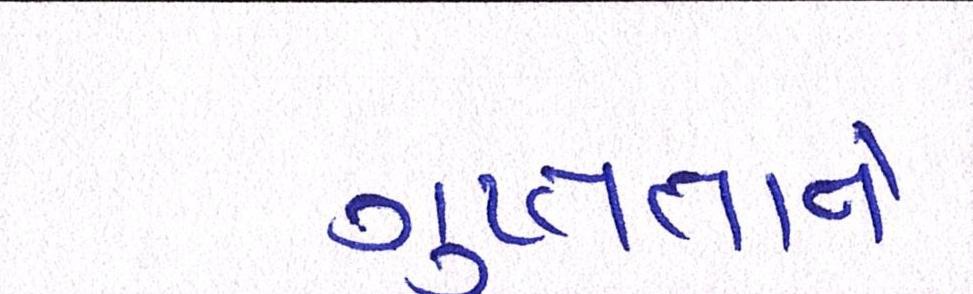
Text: ગુપ્તતાને